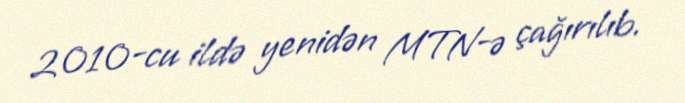
2010-cu ildə yenidən MTN-ə çağırılıb.